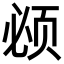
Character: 𬱚